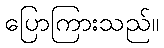
ပြောကြားသည်။